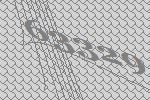
63329